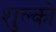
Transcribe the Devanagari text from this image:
शुल्को